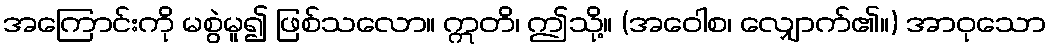
အကြောင်းကို မစွဲမူ၍ ဖြစ်သလော။ ဣတိ၊ ဤသို့။ (အဝေါစ၊ လျှောက်၏။) အာဝုသော